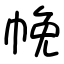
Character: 㡈